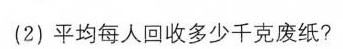
(2)平均每人回收多少千克废纸?